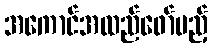
အကောင်အထည်ဖော်မည့်